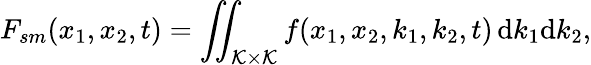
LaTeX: F_{sm}(x_{1},x_{2},t)=\iint_{\mathcal{K}\times\mathcal{K}}f(x_{1},x_{2},k_{1},k_{2},t)\, \mathrm{d}k_{1}\mathrm{d}k_{2},